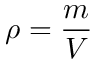
\rho = { \frac { m } { V } }